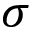
\sigma